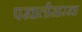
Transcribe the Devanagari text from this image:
पखालीसारखा